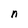
Character: n